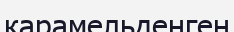
карамельденген